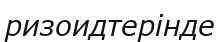
ризоидтерінде